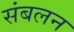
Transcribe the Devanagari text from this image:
संबलन